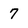
Character: 7